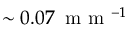
\sim 0 . 0 7 \: \mathrm { ~ m ~ m ~ } ^ { - 1 }